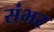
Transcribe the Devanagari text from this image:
संभर